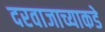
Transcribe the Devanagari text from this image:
दरवाजाच्याकडे